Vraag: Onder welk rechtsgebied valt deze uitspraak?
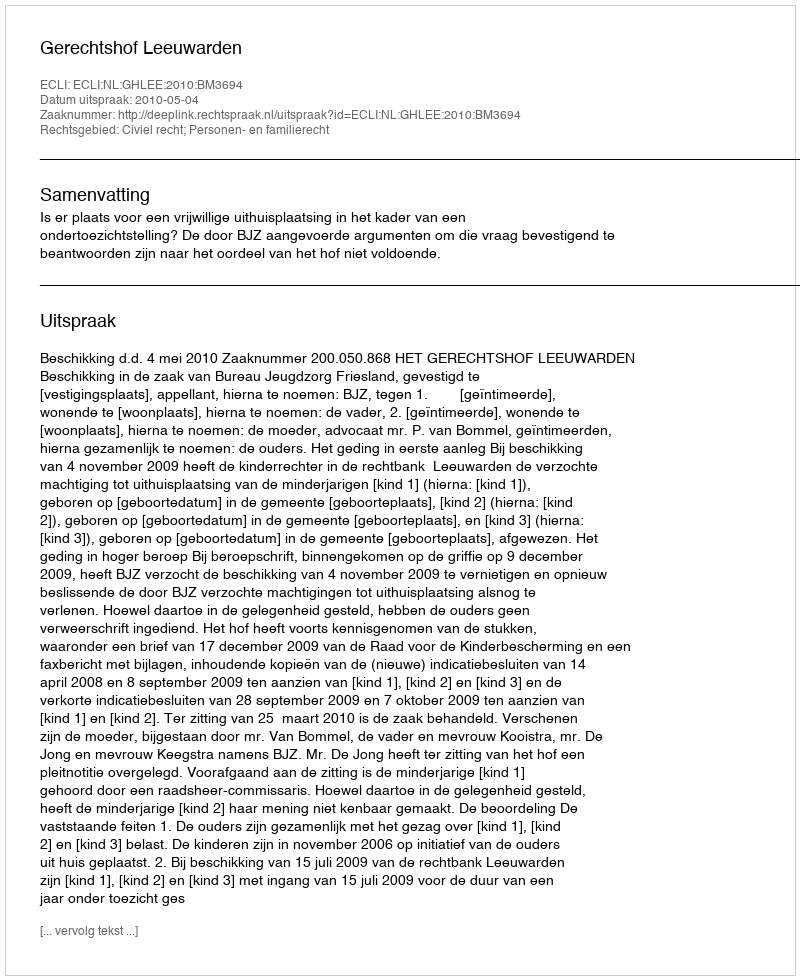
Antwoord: Civiel recht; Personen- en familierecht